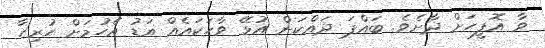
ވާ އޮފީހަށް ދާށެވެ. ބައްޕަ ދައްކަން އުޅޭ ވާހަކައެއް އަޑު އެހުމަށް ހުރިހާ